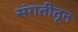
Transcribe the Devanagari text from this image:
संगतीतून